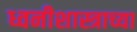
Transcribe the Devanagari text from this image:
ध्वनीशास्त्राच्या